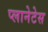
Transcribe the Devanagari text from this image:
प्लानेटेस